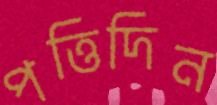
পত্তিদিন